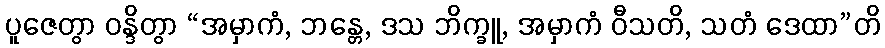
ပူဇေတွာ ဝန္ဒိတွာ “အမှာကံ, ဘန္တေ, ဒသ ဘိက္ခူ, အမှာကံ ဝီသတိ, သတံ ဒေထာ”တိ